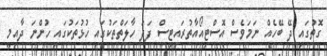
ގޮތުގައި ދޭ ބޭހެއް ނަމަވެސް އޮސްޓިއޯއާތުރައިޓިސް ފަދަ ހާލަތްތަކުގައި ހުޅުތަކުގައި ހުންނަ ދާއިމީ